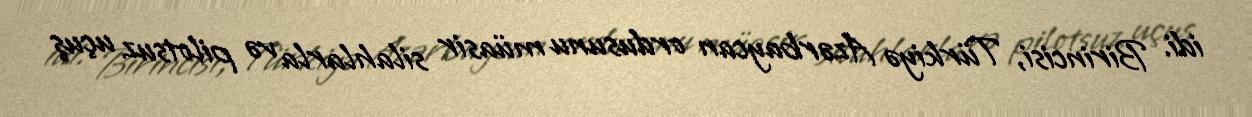
idi. Birincisi, Türkiyə Azərbaycan ordusunu müasir silahlarla və pilotsuz uçuş